Report on the bubonic plague in Bombay, 1896-1897
Year: 1896
Disease focus: Plague
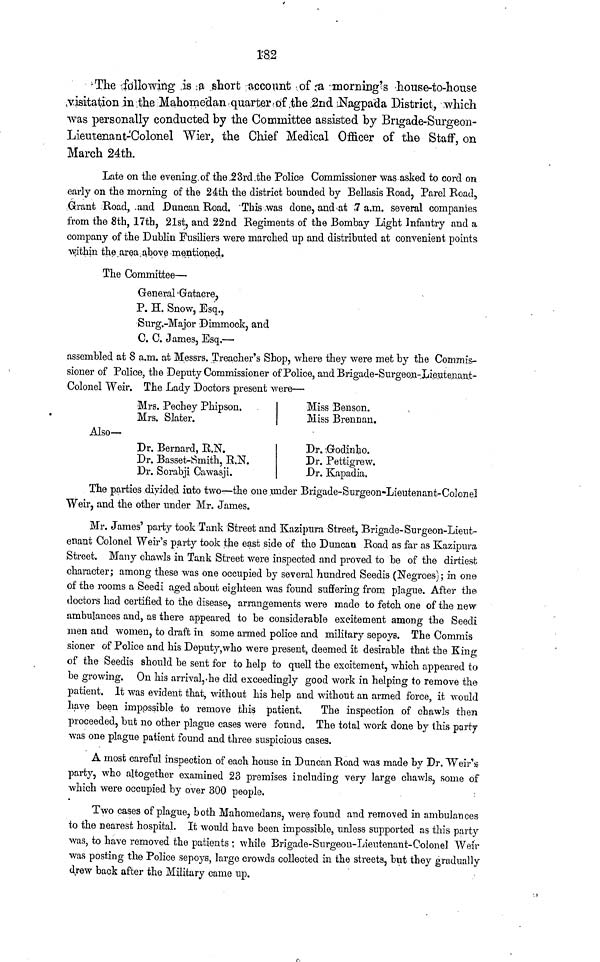
182
'The following is a short account of a morning's 'house-to-house
visitation in the Mahometan quarter of the 2nd Nagpada District, which
was personally conducted by the Committee assisted by Brrgade-Surgeon-
Lieutenant-Colonel Wier, the Chief Medical Officer of the Staff, on
March 24th.
Late on the evening, of the 23rd the Police Commissioner was asked to cord on
early on the morning of the 24th the district bounded by Bellasis Road, Parel Road,
Grant Road, and Duncan Road. 'This was done, and at 7a.m. several companies
from the 8th, 17th, 21st, and 22nd Regiments of the Bombay Light Infantry and a
company of the Dublin Fusiliers were marched up and distributed at convenient points
within the area above mentioned.
The Committee—
General Gatacre,
P. H. Snow, Esq.,
Surg -Major Dimmock, and
C. C. James, Esq.—
assembled at 8 a.m. at Messrs. Treacher's Shop, where they were met by the Commis-
sioner of Police, the Deputy Commissioner of Police, and Brigade-Surgeon-Lieutenant-
Colonel Weir. The Lady Doctors present were—
Also —
Mrs. Pechey Phipson.
Mrs. Slater.
Dr. Bernard, R.N.
Dr. Basset-Smith, R.N.
Dr. Sorabji Cawasji.
Miss Benson.
Miss Brennan.
Dr. Godinljo.
Dr. Pettigrew.
Dr. Kapadia.
The parties divided into two—the one under Brigade-Surgeon-Lieutenant-Colonel
Weir, and the other under Mr. James.
Mr. James party took Tank Street and Kazipura Street, Brigade-Surgeon-Lieut-
enant Colonel Weir's party took the east side of the Duncan Road as far as Kazipura
Street. Many chawls in Tank Street were inspected and proved to be of the dirtiest
character; among these was one occupied by several hundred Seedis (Negroes); in one
of the rooms a Seedi aged about eighteen was found suffering from plague. After the
doctors had certified to the disease, arrangements were made to fetch one of the new-
ambulances and, as there appeared to be considerable excitement among the Seedi
men and women, to draft in some armed police and military sepoys. The Commis
sioner of Police and his Deputy,who were present, deemed it desirable that the King
of the Seedis should be sent for to help to quell the excitement, which appeared to
be growing. On his arrival, he did exceedingly good work in helping to remove the
patient. It was evident that, without his help and without an armed force, it would
have been imppssible to remove this patient.
The inspection of chawls then
proceeded, but no other plague cases were found. The total work done by this party
was one plague patient found and three suspicious cases.
A most careful inspection of each house in Duncan Road was made by Dr. Weir's
party, who altogether examined 23 premises including very large chawls, some of
which were occupied by over 300 people.
Two cases of plague, both Mahomedans, were found and removed in ambulances
to the nearest hospital. It would have been impossible, unless supported as this party
was, to have removed the patients; while Brigade-Surgeon-Lieutenant-Colonel Weir
was posting the Police sepoys, large crowds collected in the streets, but they gradually
drew back after the Military came up.